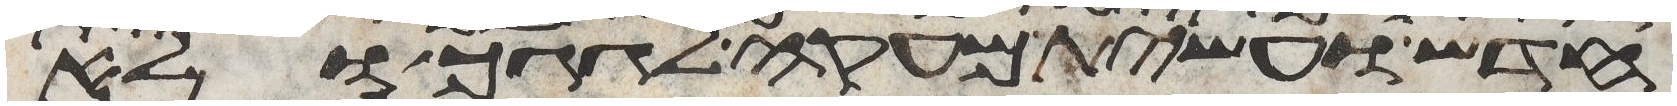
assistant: חדש ועשית מעקה לגגך ולא